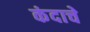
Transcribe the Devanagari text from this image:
कंदाचे